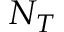
N _ { T }